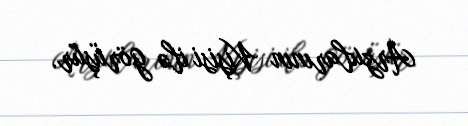
Arzularının Kişisi ilə görüşür.